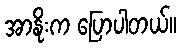
အာနိုးက ပြောပါတယ်။